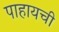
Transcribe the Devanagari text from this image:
पाहायची